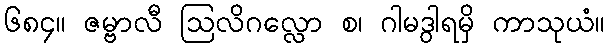
၆၈၄။ ဇမ္ဗာလီ ဩလိဂလ္လော စ၊ ဂါမဒွါရမှိ ကာသုယံ။